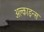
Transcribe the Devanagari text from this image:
अल्काइन्स